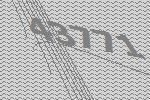
43771